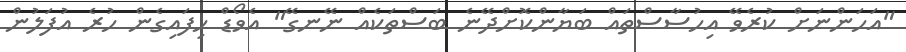
"އަހަންނަށް ކުރެވޭ އިހުސާސްތައް ބަޔާންކޮށްދޭނެ ބަސްތަކެއް ނޭނގޭ" އެވޯޑް ހިފައިގެން ހުރެ އުފަލުން